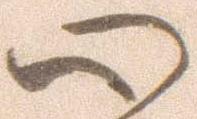
心